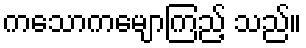
ကသောကမျောကြည့် သည်။